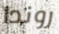
روندا